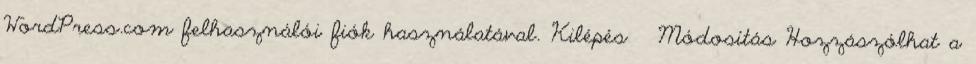
WordPress.com felhasználói fiók használatával. Kilépés Módosítás Hozzászólhat a